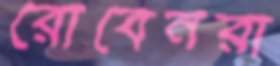
রোবেনরা